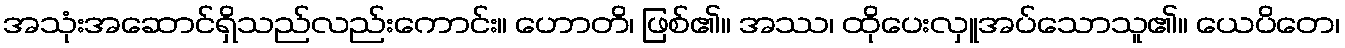
အသုံးအဆောင်ရှိသည်လည်းကောင်း။ ဟောတိ၊ ဖြစ်၏။ အဿ၊ ထိုပေးလှူအပ်သောသူ၏။ ယေပိတေ၊